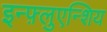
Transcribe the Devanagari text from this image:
इन्फ़्लुएन्शिय